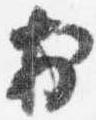
於